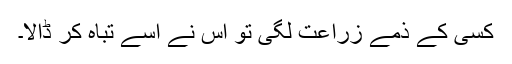
کسی کے ذمے زراعت لگی تو اس نے اسے تباہ کر ڈالا۔